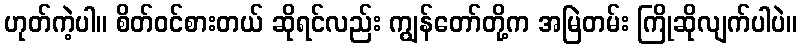
ဟုတ်ကဲ့ပါ။ စိတ်ဝင်စားတယ် ဆိုရင်လည်း ကျွန်တော်တို့က အမြဲတမ်း ကြိုဆိုလျက်ပါပဲ။